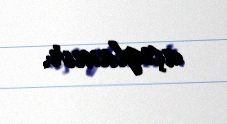
açıqlamır.